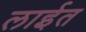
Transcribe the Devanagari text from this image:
लाईत